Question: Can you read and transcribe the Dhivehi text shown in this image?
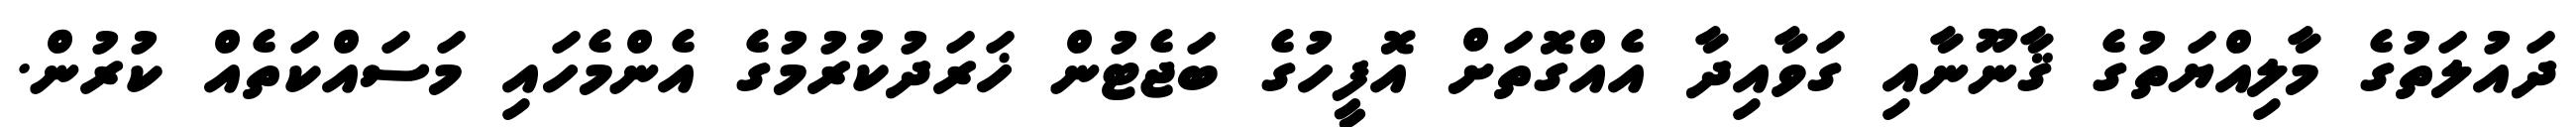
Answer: ދައުލަތުގެ މާލިއްޔަތުގެ ޤާނޫނާއި ގަވާއިދާ އެއްގޮތަށް އޮފީހުގެ ބަޖެޓުން ޚަރަދުކުރުމުގެ އެންމެހައި މަސައްކަތެއް ކުރުން.